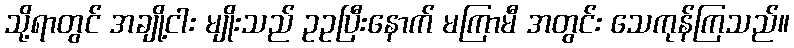
သို့ရာတွင် အချို့ငါး မျိုးသည် ဥဥပြီးနောက် မကြာမီ အတွင်း သေကုန်ကြသည်။